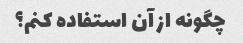
چگونه از آن استفاده کنم؟